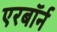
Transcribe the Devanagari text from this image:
एरबॉर्न